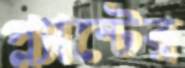
প্ল্যান্টের